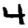
Digit: 4